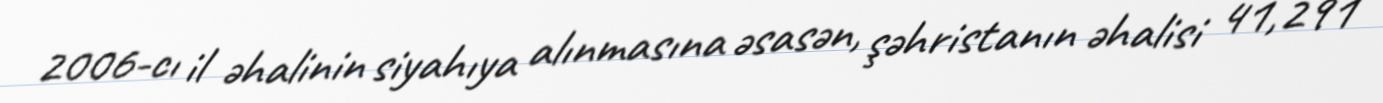
2006-cı il əhalinin siyahıya alınmasına əsasən, şəhristanın əhalisi 41,291